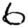
Digit: 6